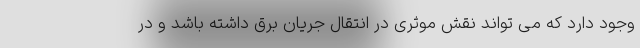
وجود دارد که می تواند نقش موثری در انتقال جریان برق داشته باشد و در